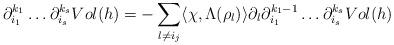
LaTeX: \begin{align*}\partial_{i_1}^{k_1}\ldots \partial_{i_s}^{k_s} Vol(h) = -\sum_{l\ne i_j}\langle\chi, \Lambda(\rho_{l})\rangle\partial_l\partial_{i_1}^{k_1-1}\ldots \partial_{i_s}^{k_s} Vol(h) \end{align*}